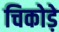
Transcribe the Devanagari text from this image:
चिकोड़े